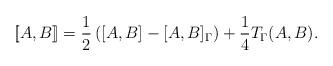
LaTeX: \begin{align*}[\![A,B]\!]=\frac{1}{2}\left( [A,B]-[A,B]_\Gamma \right)+\frac{1}{4}T_\Gamma (A,B).\end{align*}